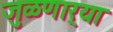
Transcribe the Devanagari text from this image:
जुळणार्‍या